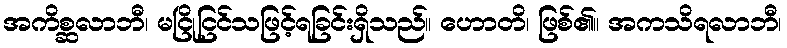
အကိစ္ဆလာဘီ၊ မငြိုငြင်သဖြင့်ရခြင်းရှိသည်။ ဟောတိ၊ ဖြစ်၏။ အကသိရလာဘီ၊